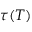
\tau ( T )